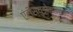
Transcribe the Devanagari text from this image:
एंटीस्युड़ोमोनल